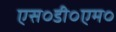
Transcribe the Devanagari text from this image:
एस०डी०एम०